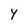
Character: Y